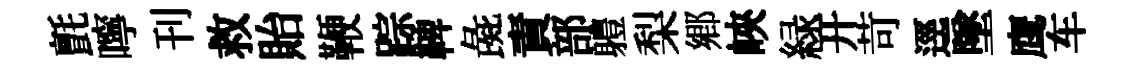
氈嚀刊救貽鞭踪鞞彘責部軆梨郷峽緑开苛逕墜鹰车